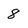
Character: 8